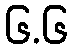
၆.၆